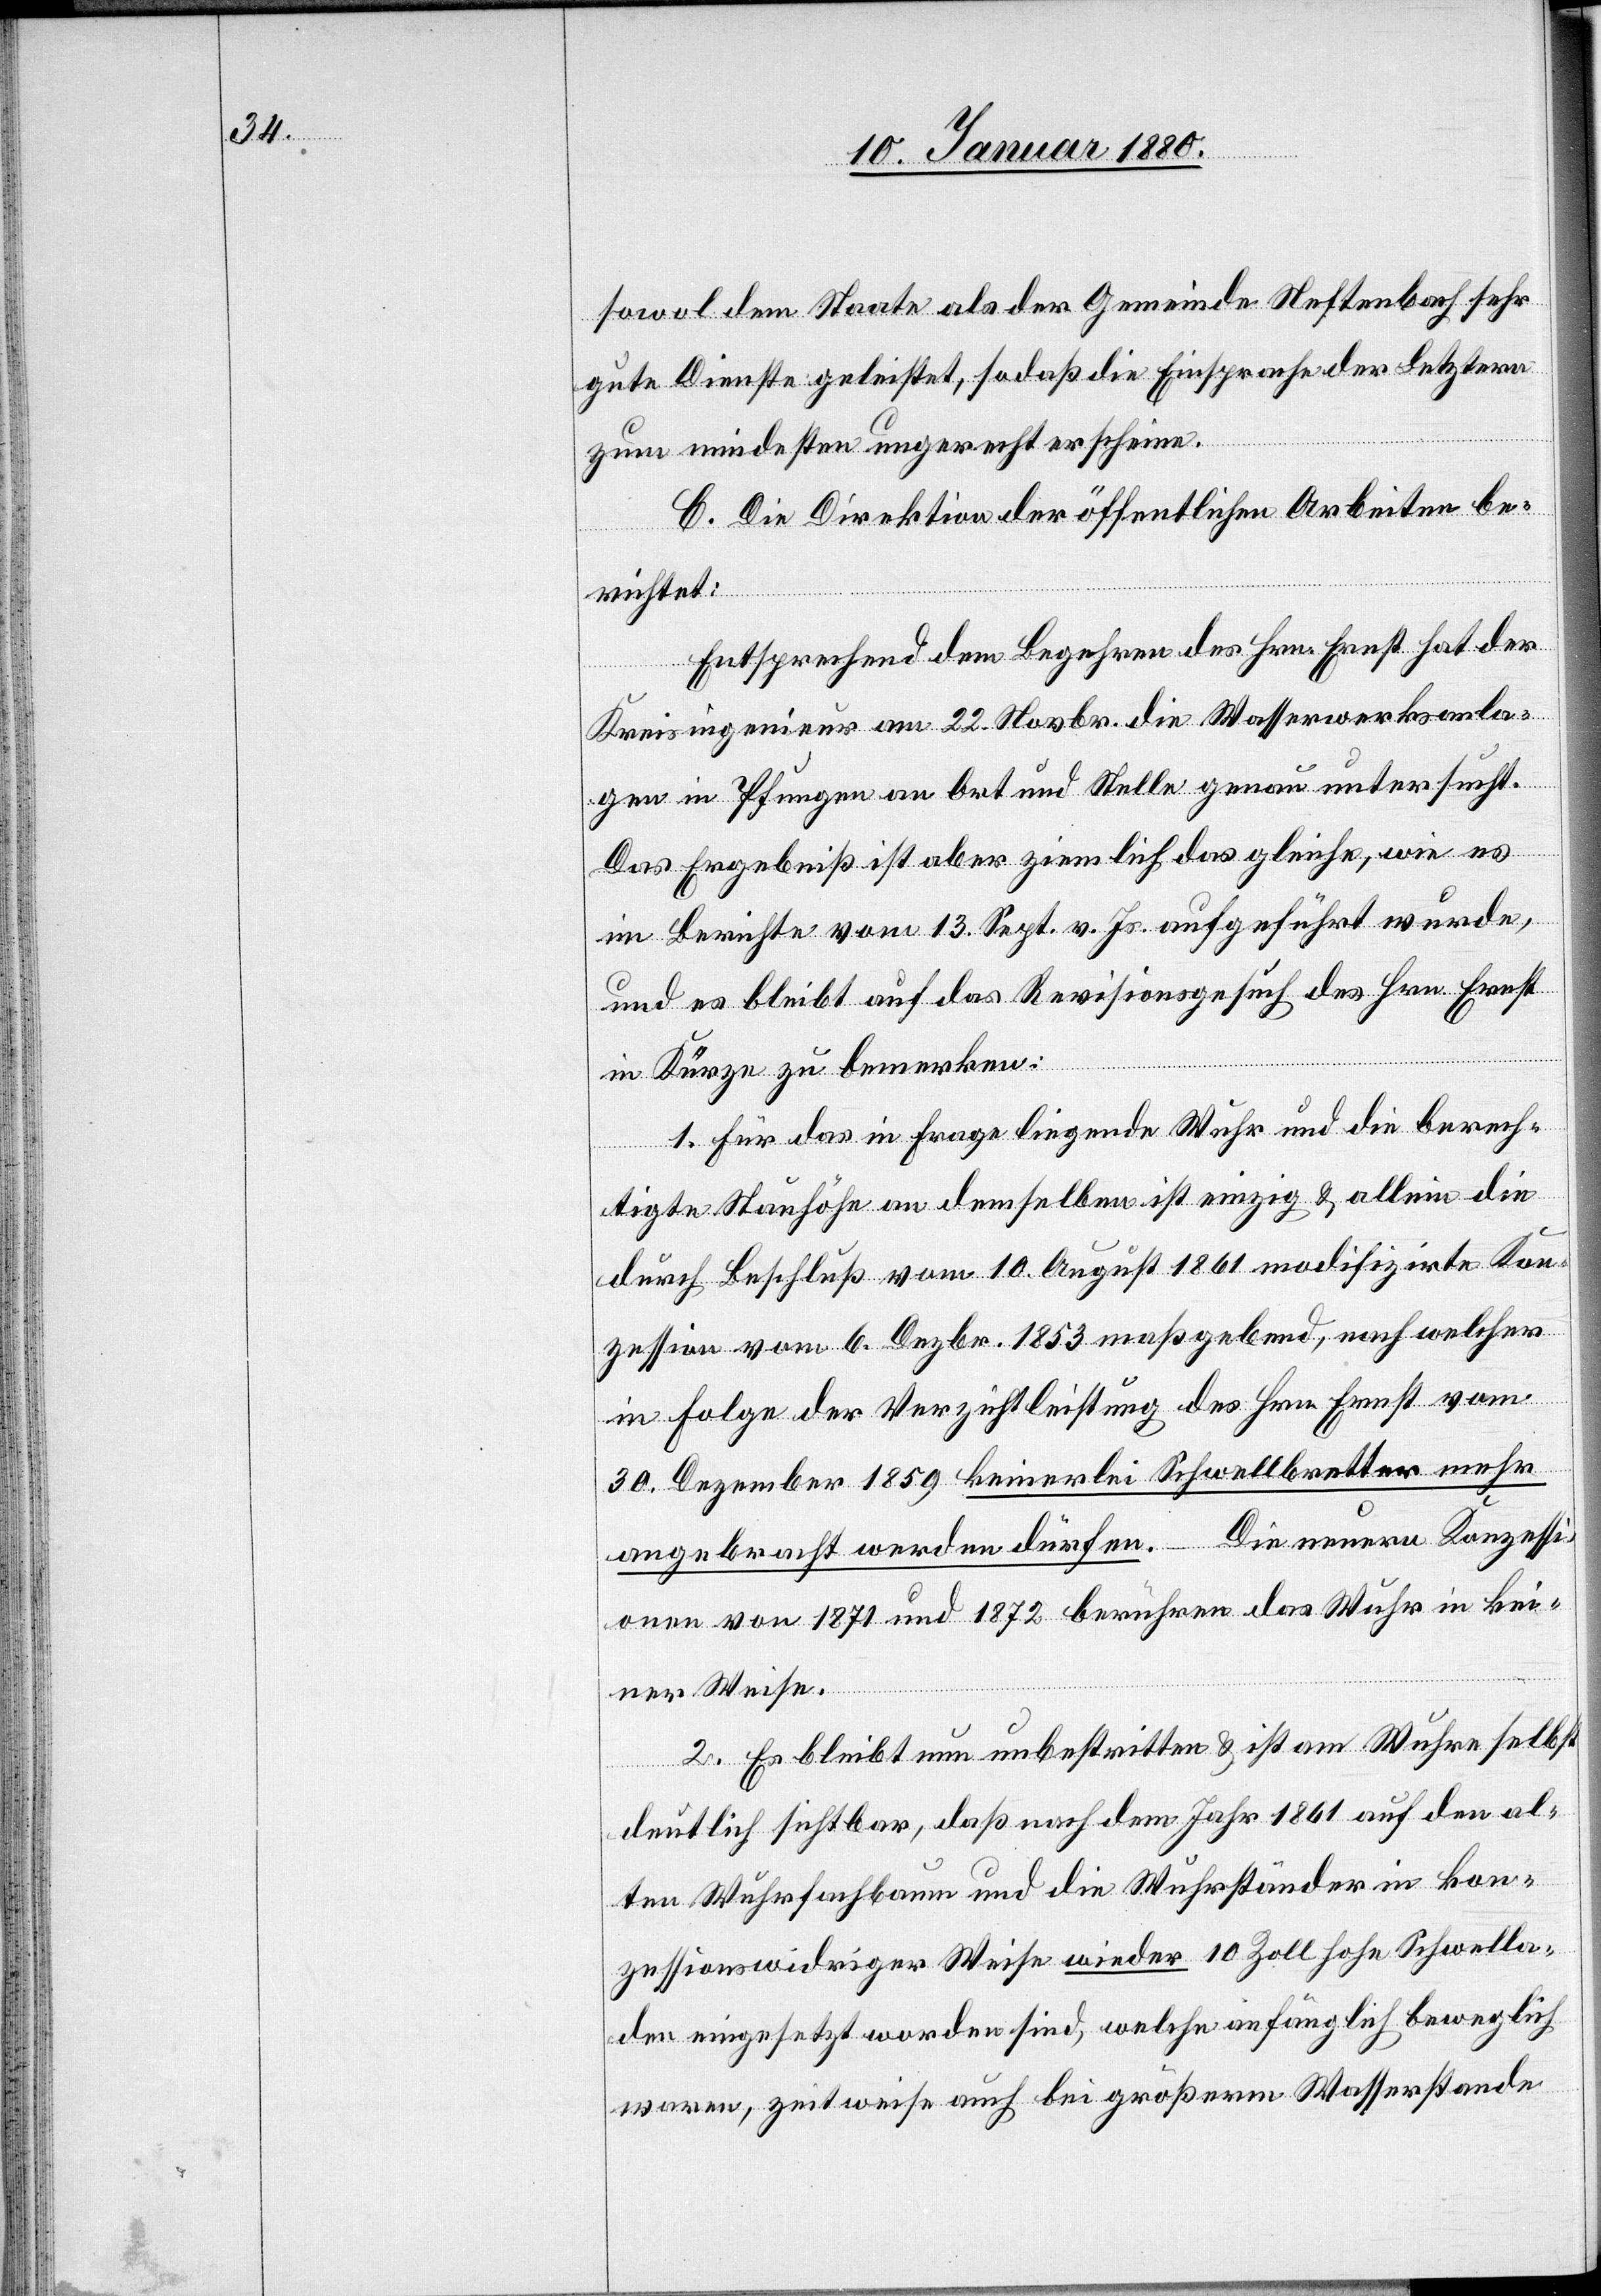
sowol dem Staate als der Gemeinde Neftenbach sehr
gute Dienste geleistet, sodaß die Einsprache der Letztern
zum mindesten ungerecht erscheine.
C. Die Direktion der öffentlichen Arbeiten be¬
richtet:
Entsprechend dem Begehren des Hrn. Ernst hat der
Kreisingenieur am 22. Novbr. die Wasserwerksanla¬
gen in Pfungen an Ort und Stelle genau untersucht.
Das Ergebniß ist aber ziemlich das gleiche, wie es
im Berichte vom 13. Sept. v. Js. aufgeführt wurde,
und es bleibt auf das Revisionsgesuch des Hrn. Ernst
in Kürze zu bemerken:
1. Für das in Frage liegende Wuhr und die berech¬
bret¬
tigte Stauhöhe an demselben ist einzig & allein die
durch Beschluß vom 10. August 1861 modifizirte Kon¬
zession vom 6. Dezbr. 1853 maßgebend, nach welcher
in Folge der Verzichtleistung des Hrn. Ernst vom
30. Dezember 1859 keinerlei Schwellbretter mehr
angebracht werden dürfen. – Die neuern Konzessi¬
onen von 1871 und 1872 berühren das Wuhr in kei¬
ner Weise.
2. Es bleibt nun unbestritten & ist am Wuhre selbst
deutlich sichtbar, daß nach dem Jahr 1861 auf den al¬
ten Wuhrfachbaum und die Wuhrständer in kon¬
zessionswidriger Weise wieder 10 Zoll hohe Schwell¬
ter eingesetzt worden sind, welche anfänglich beweglich
waren, zeitweise auch bei größerem Wasserstande